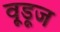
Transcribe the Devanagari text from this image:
वूडूज